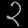
Digit: ၃